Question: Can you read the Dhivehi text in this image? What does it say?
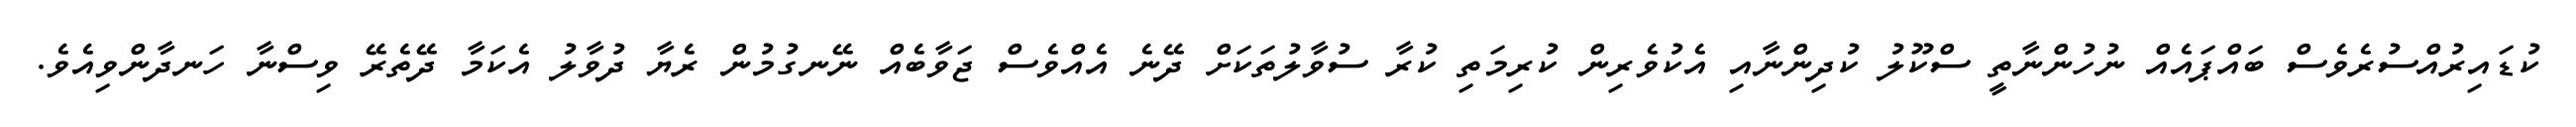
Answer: ކުޑައިރުއްސުރެވެސް ބައްޕައެއް ނުހުންނާތީ ސްކޫލު ކުދިންނާއި އެކުވެރިން ކުރިމަތި ކުރާ ސުވާލުތަކަށް ދޭނެ އެއްވެސް ޖަވާބެއް ނޭނގުމުން ރެޔާ ދުވާލު އެކަމާ ދޭތެރޭ ވިސްނާ ހަނދާންވިއެވެ.